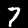
Digit: 7